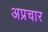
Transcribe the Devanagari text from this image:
अप्रचार